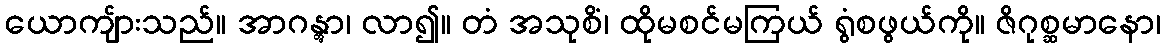
ယောကျ်ားသည်။ အာဂန္တွာ၊ လာ၍။ တံ အသုစိံ၊ ထိုမစင်မကြယ် ရွံစဖွယ်ကို။ ဇိဂုစ္ဆမာနော၊